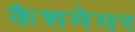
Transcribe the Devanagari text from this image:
कैशमेयर